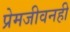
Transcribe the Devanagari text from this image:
प्रेमजीवनही